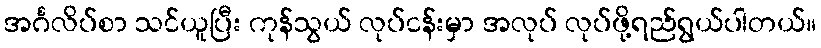
အင်္ဂလိပ်စာ သင်ယူပြီး ကုန်သွယ် လုပ်ငန်းမှာ အလုပ် လုပ်ဖို့ရည်ရွယ်ပါတယ်။